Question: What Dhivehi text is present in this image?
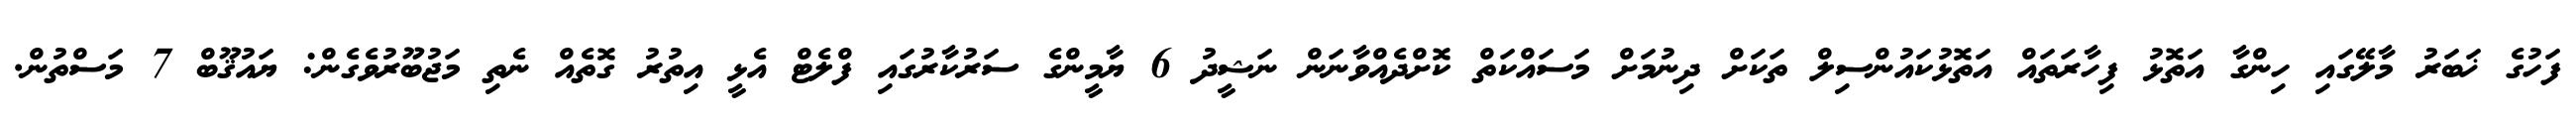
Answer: ފަހުގެ ޚަބަރު މާލޭގައި ހިންގާ އަތޮޅު ފިހާރަތައް އަތޮޅުކައުންސިލް ތަކަށް ދިނުމަށް މަސައްކަތް ކޮށްދެއްވާނަން ނަޝީދު 6 ޔާމީންގެ ސަރުކާރުގައި ފްލެޓް އެޅީ އިތުރު ގޮތެއް ނެތި މަޖުބޫރުވެގެން: ޔައުޤޫބް 7 މަސްތުން.